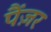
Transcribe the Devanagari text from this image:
पैंज़र